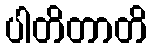
ပါတိတာတိ